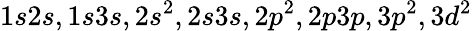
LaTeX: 1s2s,1s3s,2s^{2},2s3s,2p^{2},2p3p,3p^{2},3d^{2}